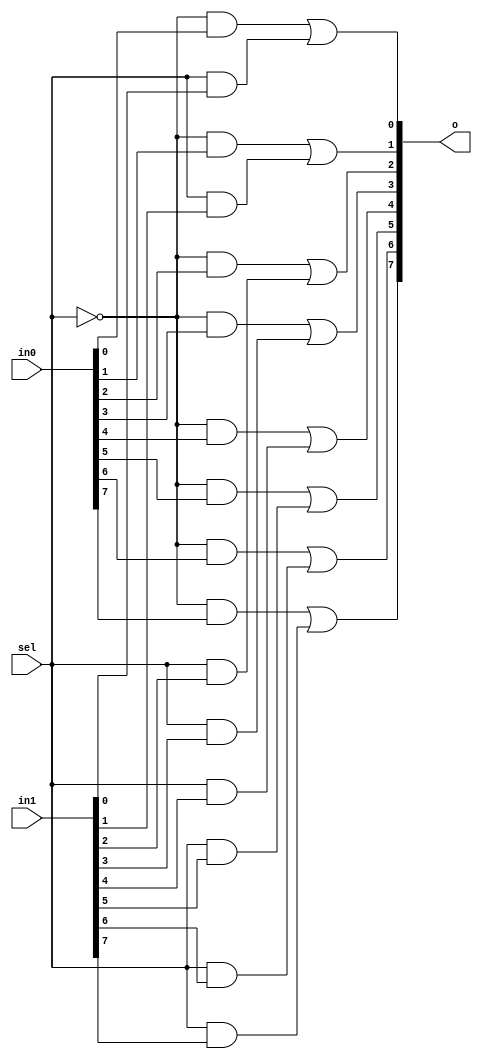
`timescale 1ns / 1ps
//////////////////////////////////////////////////////////////////////////////////
// Company: 
// Engineer: 
// 
// Design Name: 
// Module Name: m2_1x8
// Project Name: 
// Target Devices: 
// Tool Versions: 
// Description: 
// 
// Dependencies: 
// 
// Revision:
// Revision 0.01 - File Created
// Additional Comments:
// 
//////////////////////////////////////////////////////////////////////////////////


module m2_1x8(
    input [7:0] in0,
    input [7:0] in1,
    input sel,
    
    output [7:0] o
    
    );
    assign o[0] = (~sel & in0[0]) | (sel & in1[0]);
    assign o[1] = (~sel & in0[1]) | (sel & in1[1]);
    assign o[2] = (~sel & in0[2]) | (sel & in1[2]);
    assign o[3] = (~sel & in0[3]) | (sel & in1[3]);
    assign o[4] = (~sel & in0[4]) | (sel & in1[4]);
    assign o[5] = (~sel & in0[5]) | (sel & in1[5]);
    assign o[6] = (~sel & in0[6]) | (sel & in1[6]);
    assign o[7] = (~sel & in0[7]) | (sel & in1[7]);
endmodule